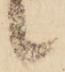
候